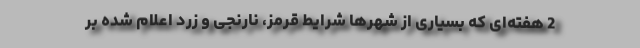
2 هفته‌ای که بسیاری از شهرها شرایط قرمز، نارنجی و زرد اعلام شده بر